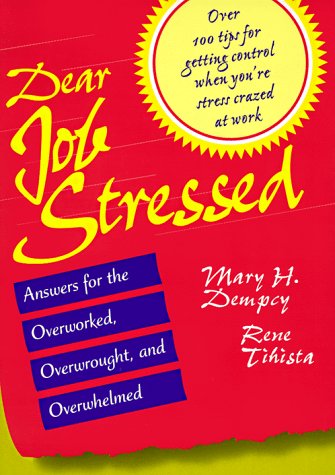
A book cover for Dear Job Stressed: Answers for the Overworked, Overwrought, and Overwhelmed; Mary H. Dempcy; Business & Money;